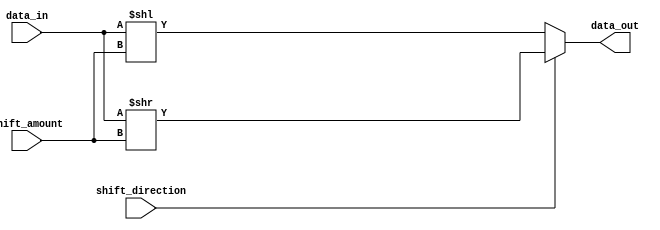
module barrel_shifter (
    input [7:0] data_in,
    input [2:0] shift_amount,
    input shift_direction,
    output reg [7:0] data_out
);

reg [7:0] data_temp;

always @(*) begin
    if (shift_direction == 1'b0) begin
        data_temp = data_in << shift_amount;
    end else begin
        data_temp = data_in >> shift_amount;
    end
    
    data_out = data_temp;
end

endmodule